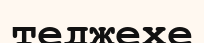
теджехе